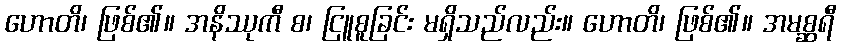
ဟောတိ၊ ဖြစ်၏။ အနိဿုကီ စ၊ ငြူစူခြင်း မရှိသည်လည်း။ ဟောတိ၊ ဖြစ်၏။ အမစ္ဆရီ